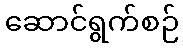
ဆောင်ရွက်စဉ်